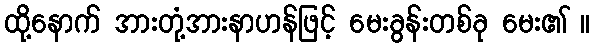
ထို့နောက် အားတုံ့အားနာဟန်ဖြင့် မေးခွန်းတစ်ခု မေး၏ ။